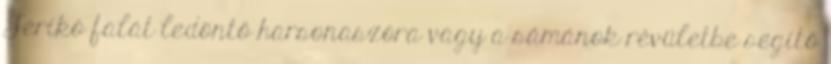
Jerikó falát ledöntő harsonaszóra vagy a sámánok révületbe segítő